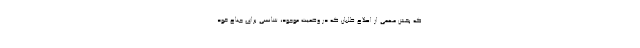
که بخش مهمی از اصلاح طلبان که در وضعیت موجود، شانسی برای جناح خود